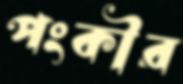
পংকীর